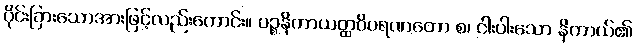
ပိုင်းခြားသောအားဖြင့်လည်းကောင်း။ ပဉ္စနိကာယတ္ထဝိဝရဏတော စ၊ ငါးပါးသော နိကာယ်၏